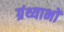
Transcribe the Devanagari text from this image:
ग्रंथ्याभों